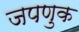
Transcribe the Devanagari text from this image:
जपणुक